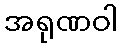
အရုဏဝါ